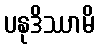
ပနုဒိဿာမိ